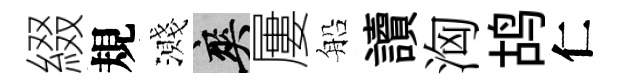
綴規濺爽屢船讀洶鸪仁